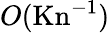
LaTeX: O(\mathrm{Kn}^{-1})